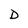
Character: D